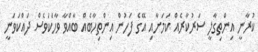
ކުރާނީ އިންތިގާލީ ސަރުކާރެއް ކަމަށާއި އޭގެ ފަހުން އިންތިހާބެއް ބާއްވާ ވާހަކަވެސް ދައްކަވަނީ